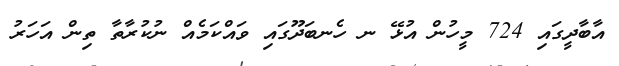
އާާބާދީގައި 724 މީހުން އުޅޭ ނ ހެނބަދޫގަައި ވައްކަމެއް ނުކުރާތާ ތިން އަހަރު